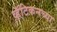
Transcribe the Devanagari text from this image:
व्हॅटिकनच्या